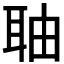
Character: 𮶐